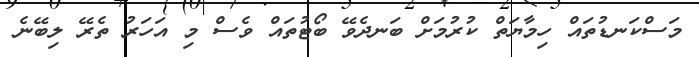
މަސްކަނޑުތައް ހިމާޔަތް ކުރުމަށް ބަނދެވޭ ބޯޓުތައް ވެސް މި އަހަރު ތެރޭ ލިބޭނެ